Annual report of the Bengal Veterinary College, and of the Civil Veterinary Department, Bengal, for the year 1901-1902 - 1901-1902
Year: 1901
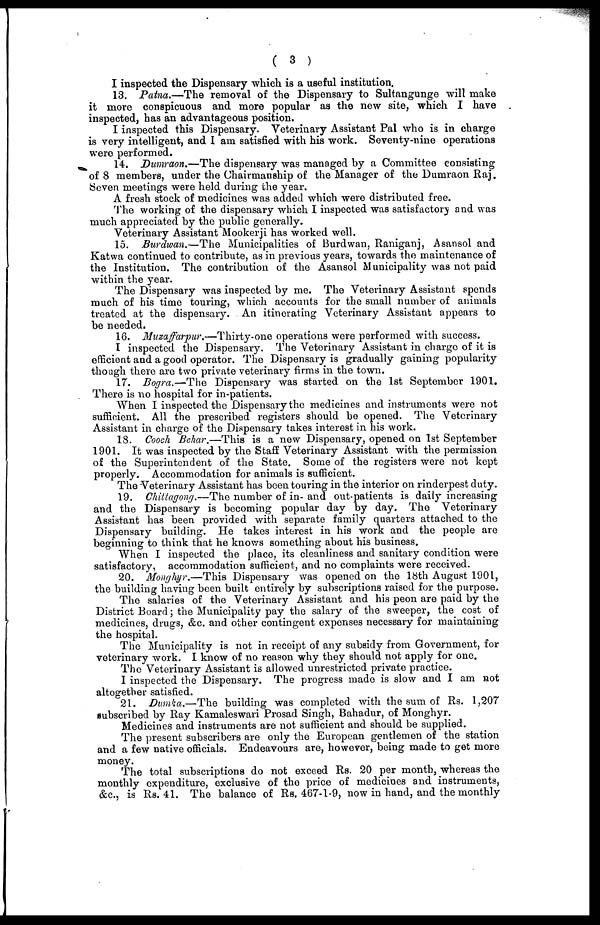
( 3 )
I inspected the Dispensary which is a useful institution.
13. Patna.—The
removal of the Dispensary to Sultangunge will make
it more conspicuous and more popular as the new site, which I have
inspected, has an advantageous position.
I inspected this Dispensary. Veterinary Assistant Pal who is in charge
is very intelligent, and I am satisfied with his work. Seventy-nine operations
were performed.
14. Dumraon.—The dispensary was managed by a Committee consisting
of 8 members, under the Chairmanship of the Manager of the Dumraon Raj.
Seven meetings were held during the year.
A fresh stock of medicines was added which were distributed free.
The working of the dispensary which I inspected was satisfactory and was
much appreciated by the public generally.
Veterinary Assistant Mookerji has worked well.
15. Burdwan.—The
Municipalities of Burdwan, Raniganj, Asansol and
Katwa continued to contribute, as in previous years, towards the maintenance of
the Institution. The contribution of the Asansol Municipality was not paid
within the year.
The Dispensary was inspected by me. The Veterinary Assistant spends
much of his time touring, which accounts for the small number of animals
treated at the dispensary. An itinerating Veterinary Assistant appears to
be needed.
16. Musaffarpur.—Thirty-one
operations were performed with success.
I inspected the Dispensary. The Veterinary Assistant in charge of it is
efficient and a good operator. The Dispensary is gradually gaining popularity
though there are two private veterinary firms in the town.
17. Bogra.—The
Dispensary was started on the 1st September 1901.
There is no hospital for in-patients.
When I inspected the Dispensary the medicines and instruments were not
sufficient. All the prescribed registers should be opened. The Veterinary
Assistant in charge of the Dispensary takes interest in his work.
18. Cooch Behar.—This
is a new Dispensary, opened on 1st September
1901. It was inspected by the Staff Veterinary Assistant with the permission
of the Superintendent of the State. Some of the registers were not kept
properly. Accommodation for animals is sufficient.
The Veterinary Assistant has been touring in the interior on rinderpest duty.
19. Chittagong.—The number of in- and out-patients is daily increasing
and the Dispensary is becoming popular day by day. The Veterinary
Assistant has been provided with separate family quarters attached to the
Dispensary building. He takes interest in his work and the people are
beginning to think that he knows something about his business.
When I inspected the place, its cleanliness and sanitary condition were
satisfactory, accommodation sufficient, and no complaints were received.
20. Monghyr.—This
Dispensary was opened on the 18th August 1901,
the building having been built entirely by subscriptions raised for the purpose.
The salaries of the Veterinary Assistant and his peon are paid by the
District Board; the Municipality pay the salary of the sweeper, the cost of
medicines, drugs, &c. and other contingent expenses necessary for maintaining
the hospital.
The Municipality is not in receipt of any subsidy from Government, for
veterinary work. I know of no reason why they should not apply for one.
The Veterinary Assistant is allowed unrestricted private practice.
I inspected the Dispensary. The progress made is slow and I am not
altogether satisfied.
21. Dnmka.—The
building was completed with the sum of Rs. 1,207
subscribed by Ray Kamaleswari Prosad Singh, Bahadur, of Monghyr.
Medicines and instruments are not sufficient and should be supplied.
The present subscribers are only the European gentlemen of the station
and a few native officials. Endeavours are, however, being made to get more
money.
The total subscriptions do not exceed Rs. 20 per month, whereas the
monthly expenditure, exclusive of the price of medicines and instruments,
&c., is Rs. 41. The balance of Rs. 467-1-9, now in hand, and the monthly